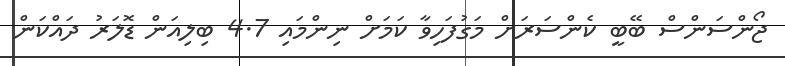
ޖޯންސަންސް ބޭބީ ކެންސަރަށް މަގުފަހިވާ ކަމަށް ނިންމައި 4.7 ބިލިއަން ޑޮލަރު ދައްކަން